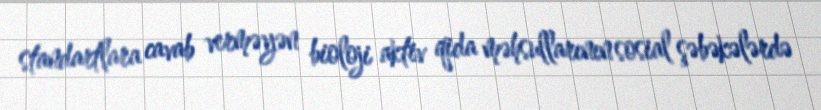
standartlara cavab verməyən bioloji aktiv qida məhsullarının sosial şəbəkələrdə